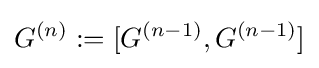
G^{(n)}:=[G^{(n-1)},G^{(n-1)}]